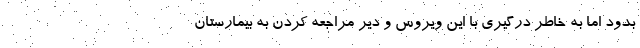
بدود اما به خاطر درگیری با این ویروس و دیر مراجعه کردن به بیمارستان